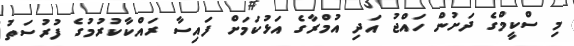
މި ސްކީމްގެ ދަށުން ހައްޖު އަދި އުމްރާގެ އަޅުކަމަށް ފައިސާ ރައްކާކުރުމުގެ ފުރުސަތު